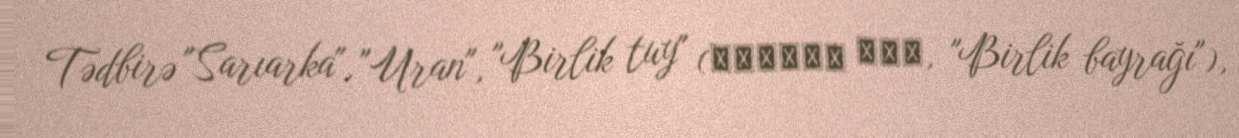
Tədbirə "Sarıarka", "Uran", "Birlik tuy" (بىرلىك تۋى, "Birlik bayrağı"),